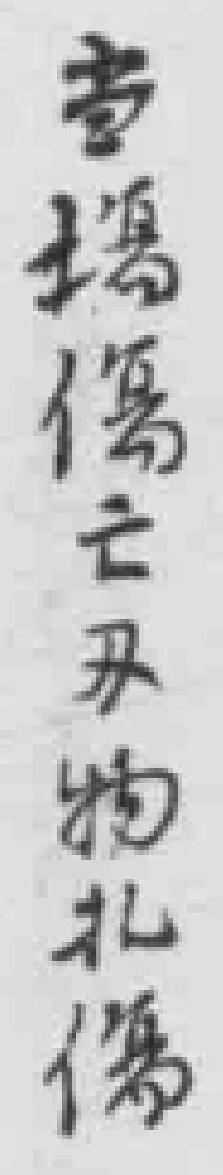
当場傷亡刃物扎傷